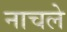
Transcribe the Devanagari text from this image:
नाचले